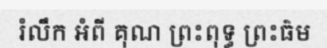
រំលឹក អំពី គុណ ព្រះពុទ្ធ ព្រះធ៌ម